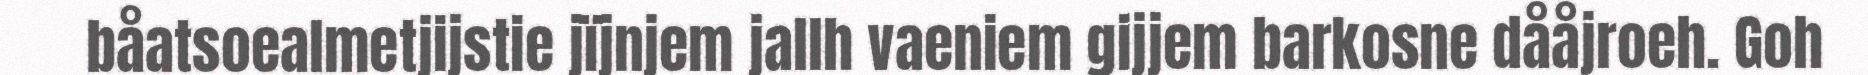
båatsoealmetjijstie jïjnjem jallh vaeniem gijjem barkosne dååjroeh. Goh